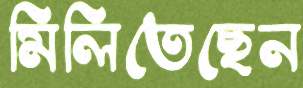
মিলিতেছেন